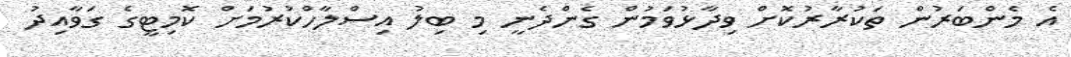
އެ މެންބަރުން ތަކުރާރުކޮށް ވިދާޅުވަމުން ގެންދެނީ މި ބިލު އިސްލާހްކުރުމަށް ކޮމިޓީގެ ގަވާއިދު